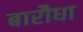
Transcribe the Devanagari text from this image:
बारौधा